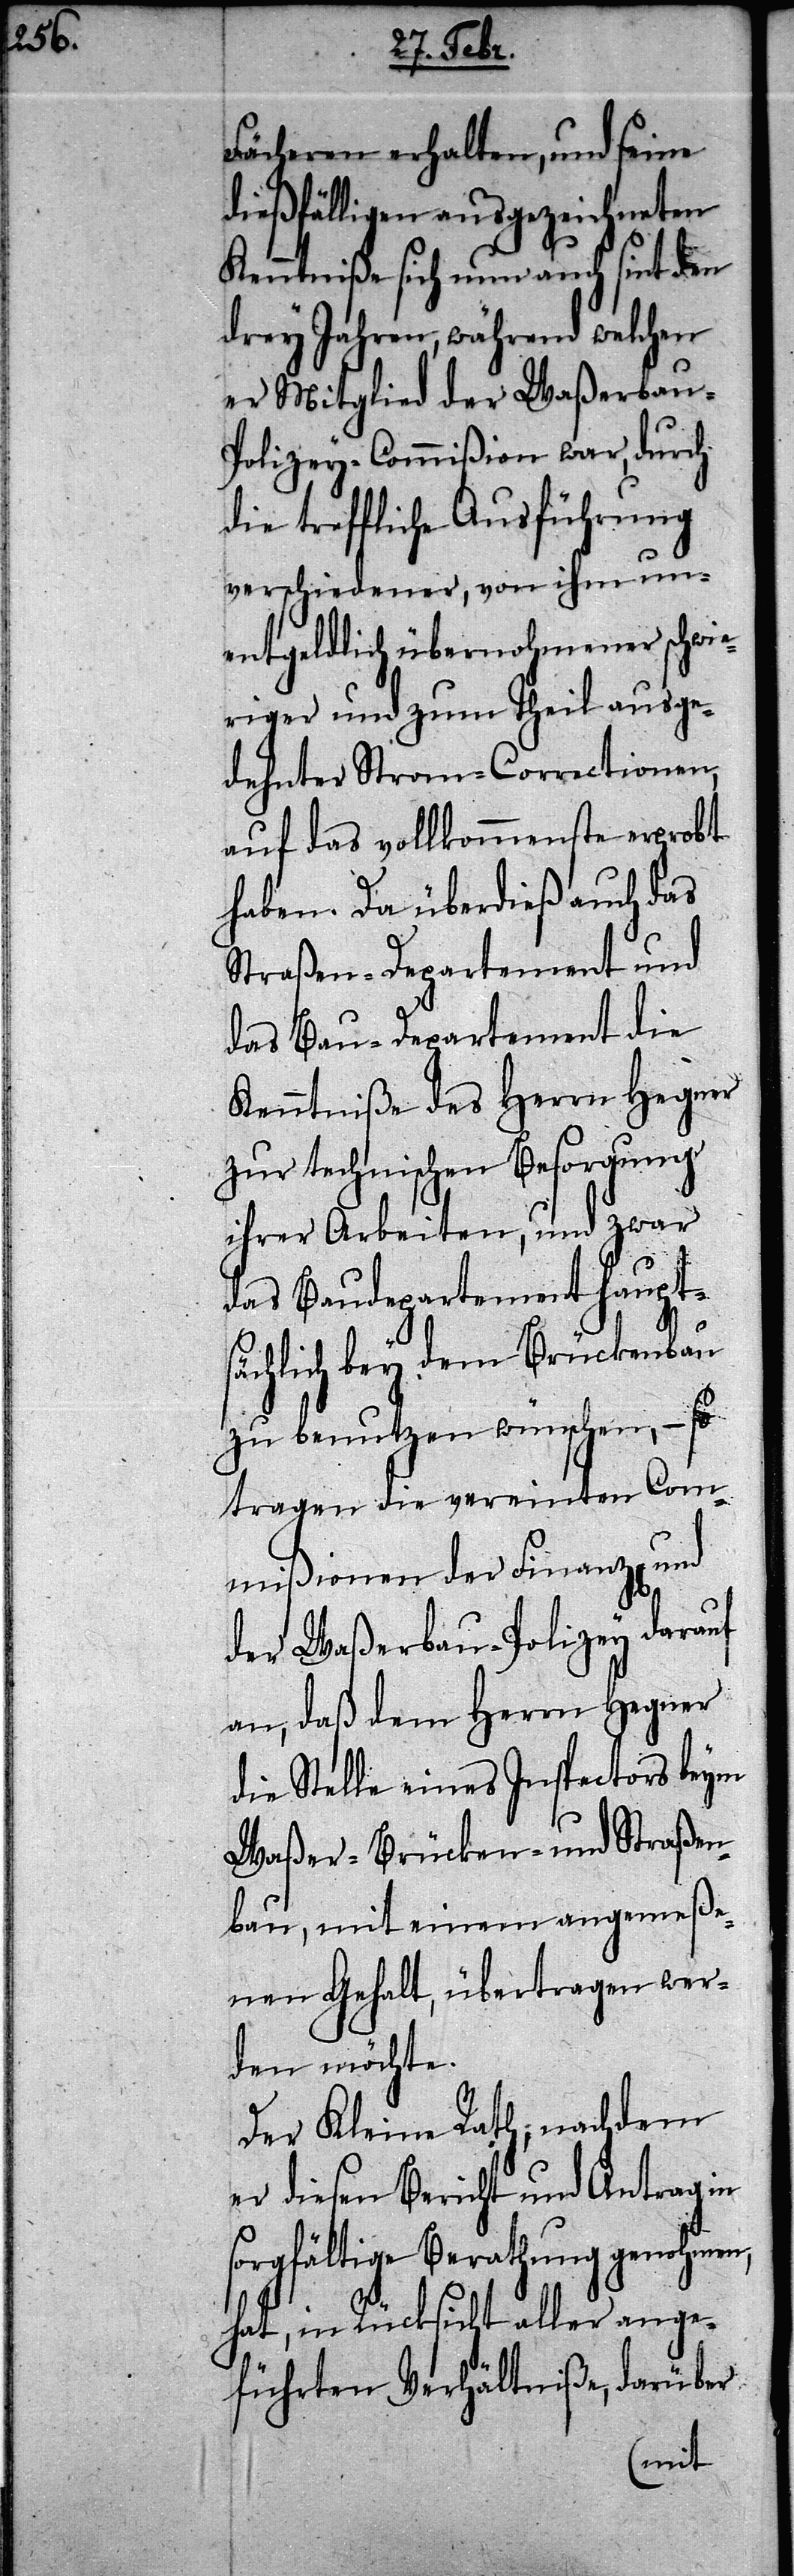
Fächeren erhalten, und seine
dießfälligen ausgezeichneten
Kenntniße sich nun auch sint den
drey Jahren, während welchen
er Mitglied der Waßerbau-P¬
olizey-Commißion war, durch
die treffliche Ausführung
verschiedener, von ihm un¬
entgeldlich übernohmener schwie¬
riger und zum Theil ausge¬
dehnter Strom-Correctionen,
auf das vollkommenste erprobt
haben. Da überdieß auch das
Straßen-Departement und
das Bau-Departement die
Kenntniße des Herrn Hegner
zur technischen Besorgung
ihrer Arbeiten, und zwar
das Baudepartement haupt¬
sächlich bey dem Brückenbau
zu benutzen wünschen, – so
tragen die vereinten Com¬
mißionen der Finanz[en],
der Waßerbau-Polizey darauf
an, daß dem Herrn Hegner
die Stelle eines Inspectors beym
Waßer- Brücken- und Straßen¬
bau, mit einem angemeße¬
nen Gehalt, übertragen wer¬
den möchte.
Der Kleine Rath, nachdem
er diesen Bericht und Antrag in
sorgfältige Berathung genohmen,
hat, in Rücksicht aller ange¬
führten Verhältniße, darüber